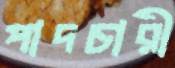
পাদচারী